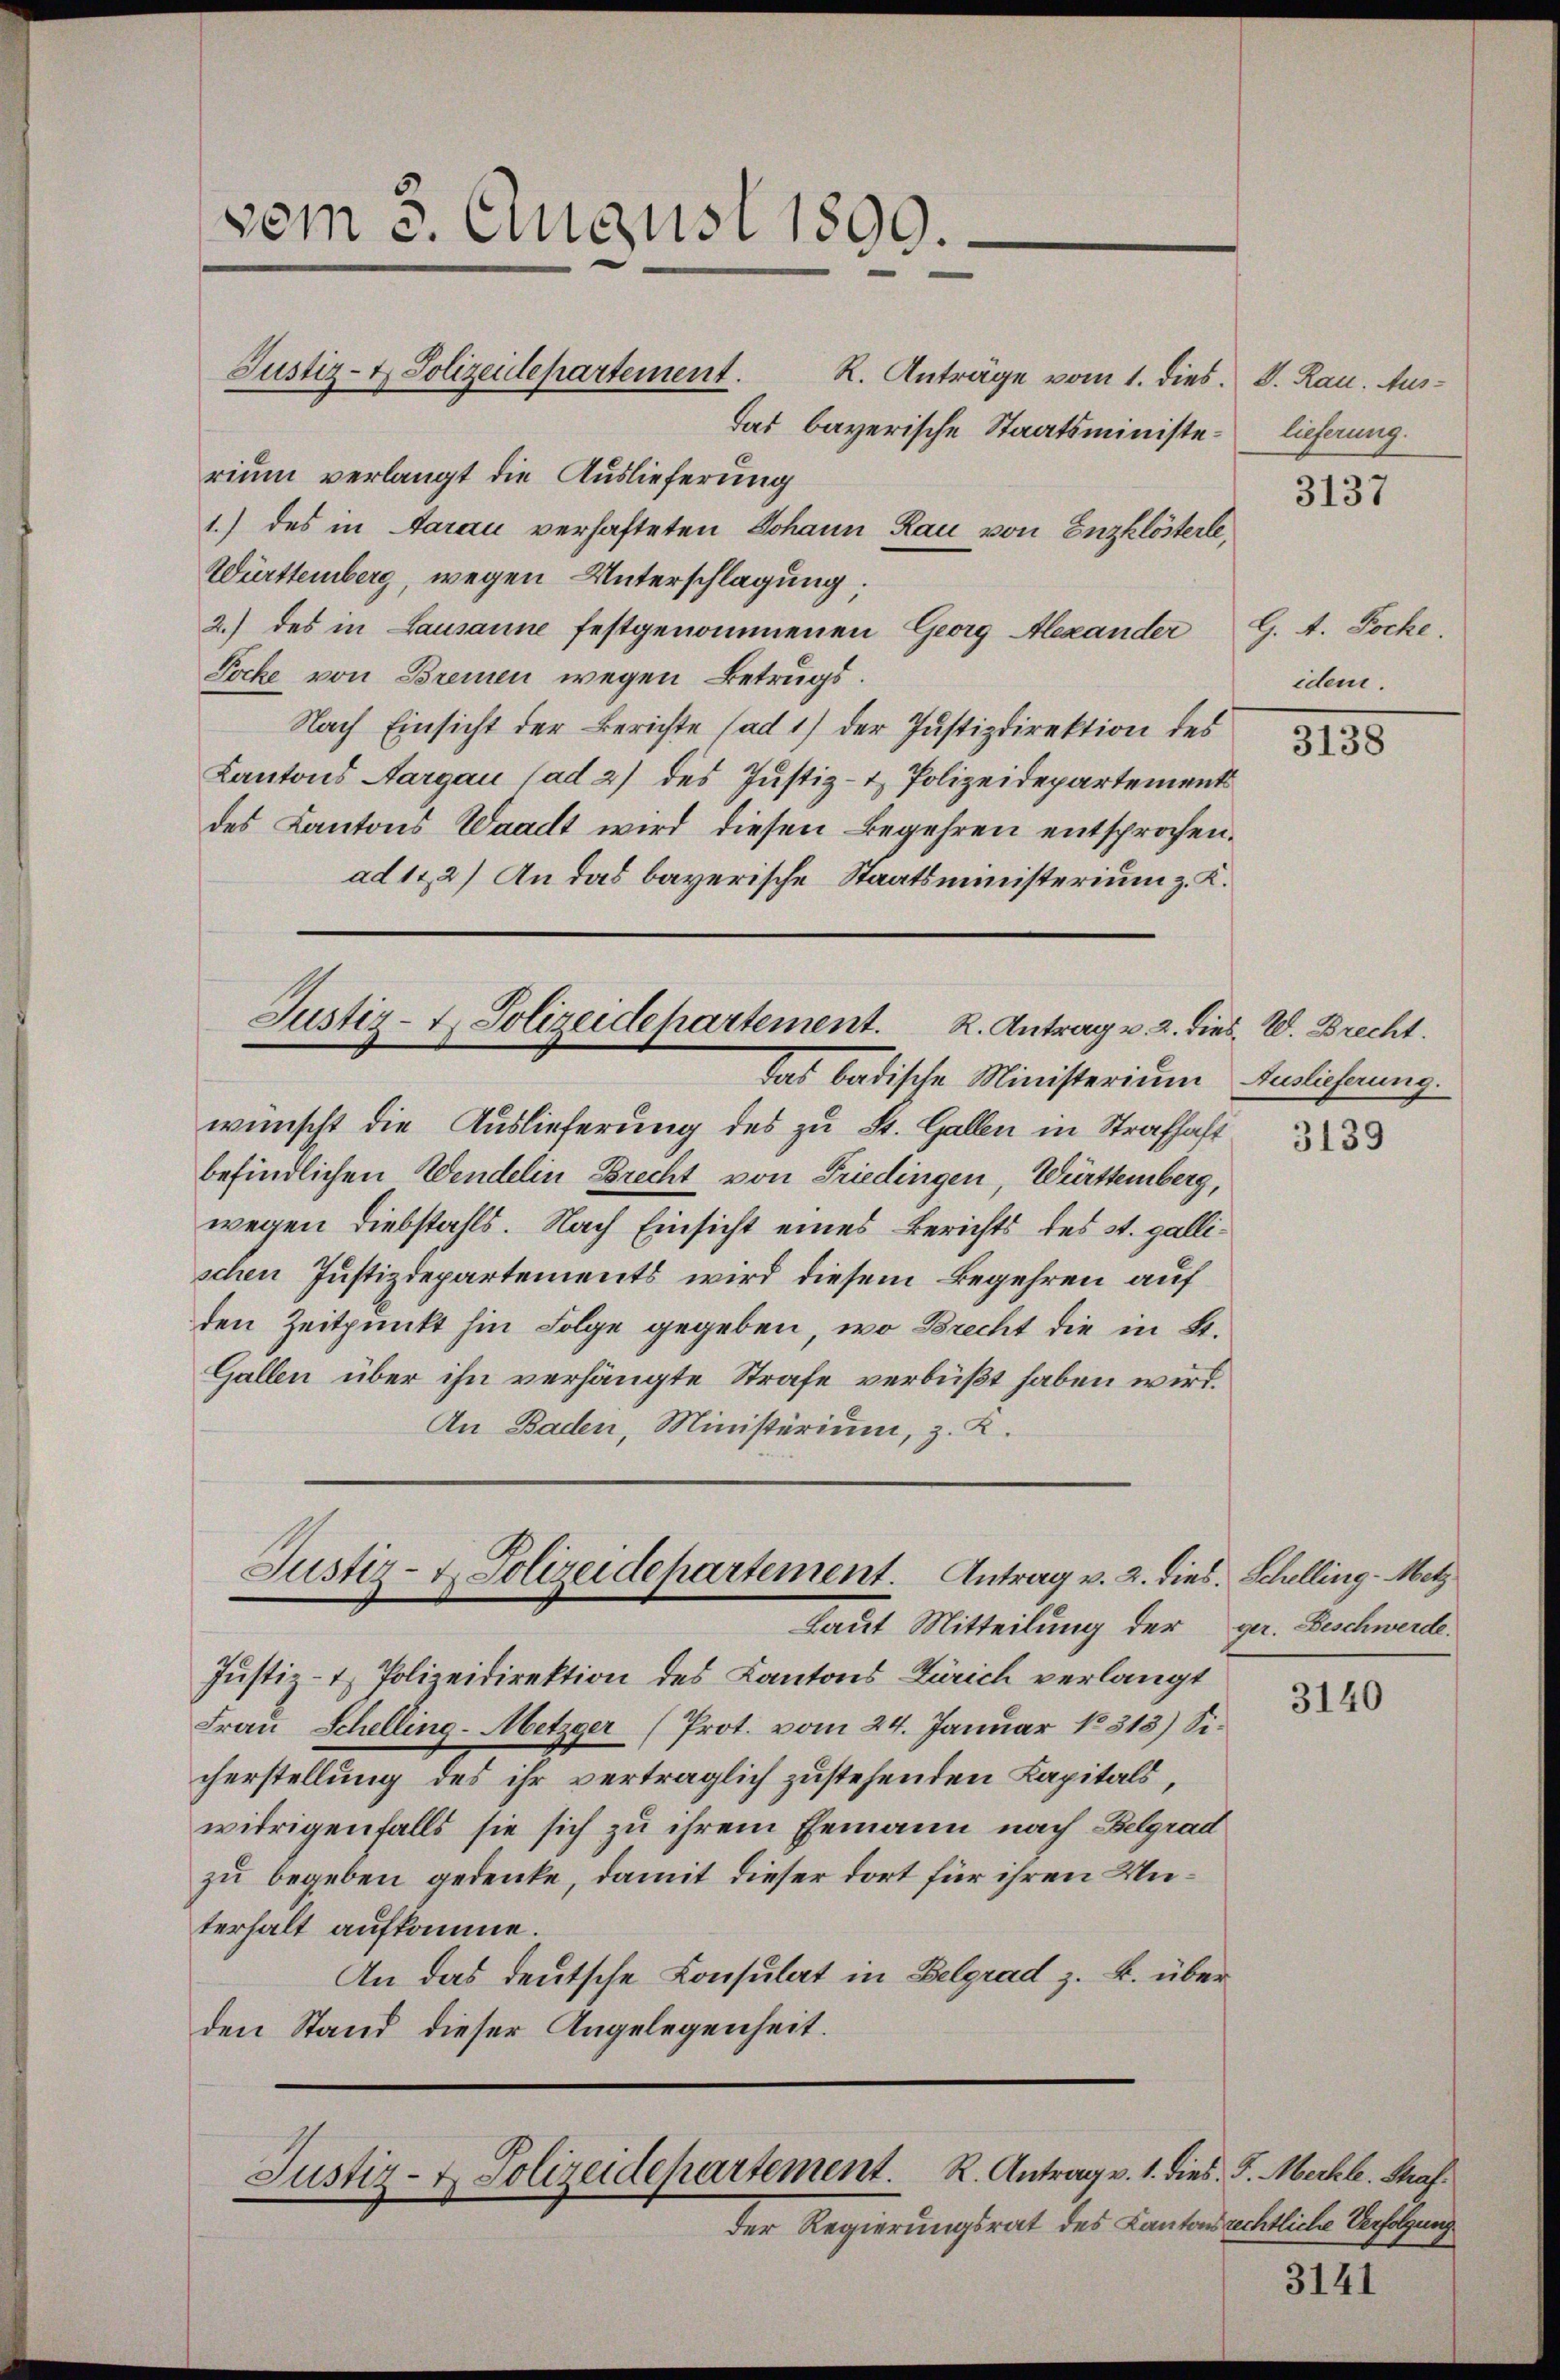
vom 3. August 1899.

R. Anträge vom 1. dies. S. Rau. Ausdas bayerische Staatsministe- lieferung.
rium verlangt die Auslieferung
1.) des in Aarau verhafteten Johann Rau von Enzklösterle
Württemberg, wegen Unterschlagung:
2.) des in Lausanne festgenommenen Georg Alexander G. t. Pocke,
Pocke von Bremen wegen Betrugs.
Nach Einsicht der Berichte (ad 1) der Justizdirektion des
Kantons Aargau (ad 2) des Justiz- & Polizeidepartement
des Kantons Waadt wird diesen Begehren entsprochen.
ad 122) An das bayerische Staatsministerium z. K.

Justiz- & Polizeidepartement.

Justiz- u. Polizeidepartement. R. Antrag v. 2. dies. W. Brecht.
das badische Ministerium Auslieferung.

Justiz- & Polizeidepartement. Antrag v. 2. dies. Schelling - Metz
Laut Mitteilung der ge. Beschwerde.

wünscht die Auslieferung des zu St. Gallen in Strafhaft
befindlichen Wendelin brecht von Friedingen, Württemberg,
wegen Diebstahls. Nach Einsicht eines Berichts des St. gallischen Justizdepartements wird diesem Begehren auf
den Zeitpunkt hin Folge gegeben, wo Brecht die in St.
Gallen über ihn verhängte Strafe verbüßt haben wird.
An Baden, Ministerium, z. Z.

Justiz- & Polizeidepartement. R. Antrag v. 1. dies J. Merkle. Strafder Regierungsrat des Kantonsrechtliche Verfolgung

Justiz- & Polizeidirektion des Kantons Zürich verlangt
Frau Schelling-Metzger (Prot. vom 24. Januar No 313) Sicherstellung des ihr vertraglich zustehenden Kapitals,
widrigenfalls sie sich zu ihrem Ehemann nach Belgrad
zu begeben gedenke, damit dieser dort für ihren Unterhalt aufkomme.
An das deutsche Consulat in Belgrad z. B. über
den Stand dieser Angelegenheit.

3137

idem.

3138

3139

3140

3141